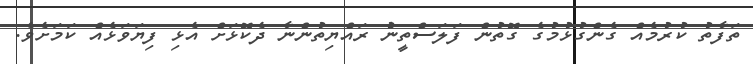
ތަފާތު ކުރުމެއް ގެންގުޅުމުގެ ގޮތުން ފަލަސްތީނުެ ރައްޔިތުންނާ ދެކޮޅަށް އެޅި ފިޔަވަޅެއް ކަމަށެވެ.